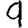
Digit: 9